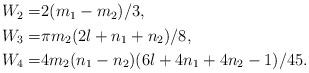
LaTeX: \begin{align*}\begin{aligned}W_2=&2(m_1-m_2)/3,\\W_3=&\pi m_2(2l+n_1+n_2)/8,\\W_4=&4m_2(n_1-n_2)(6l+4n_1+4n_2-1)/45.\end{aligned}\end{align*}